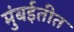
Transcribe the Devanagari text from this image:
मुंबईतीत